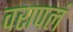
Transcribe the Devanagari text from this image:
वरापलं